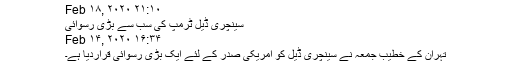
Feb ۱۸, ۲۰۲۰ ۲۱:۱۰
سینچری ڈیل ٹرمپ کی سب سے بڑی رسوائی
Feb ۱۴, ۲۰۲۰ ۱۶:۳۴
تہران کے خطیب جمعہ نے سینچری ڈیل کو امریکی صدر کے لئے ایک بڑی رسوائی قراردیا ہے۔